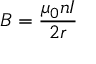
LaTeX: B = { \frac { \mu _ { 0 } n I } { 2 r } }